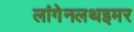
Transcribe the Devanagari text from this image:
लांगेनलथइमर